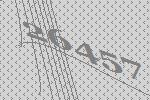
26457